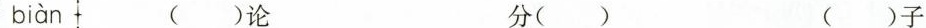
biàn ( )论 分( ) ( )子